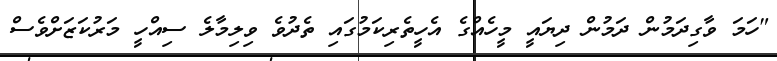
"ހަމަ ވާގިދަމުން ދަމުން ދިޔައީ މީހެއްގެ އެހީތެރިކަމުގައި ތެދުވެ ވިލިމާލެ ސިއްހީ މަރުކަޒަށްވެސް